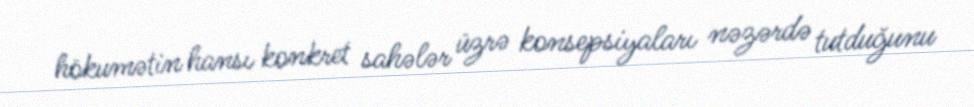
hökumətin hansı konkret sahələr üzrə konsepsiyaları nəzərdə tutduğunu